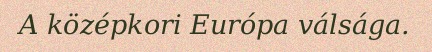
A középkori Európa válsága.